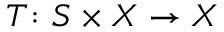
T \colon S \times X \to X